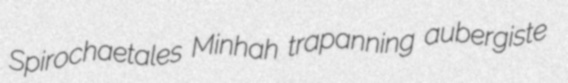
Spirochaetales Minhah trapanning aubergiste